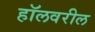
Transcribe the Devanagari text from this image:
हॉलवरील